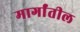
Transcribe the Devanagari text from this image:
मार्गांतील